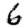
Digit: 6